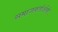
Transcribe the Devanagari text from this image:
समाजकर्ताओंको